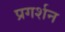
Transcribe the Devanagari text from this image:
प्रगर्शन